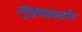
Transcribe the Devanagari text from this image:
समुद्रफळामधील